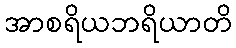
အာစရိယဘရိယာတိ